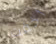
أخفت